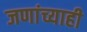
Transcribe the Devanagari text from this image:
जणांच्याही